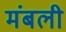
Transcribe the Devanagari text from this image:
मंबली